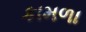
કામળા